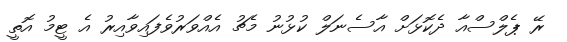
ރޭ ޕެލްސްއާ ދެކޮޅަށް އާސެނަލް ކުޅުނު މެޗު އެއްވަރުވެފައިވާއިރު އެ ޓީމު އޮތީ